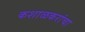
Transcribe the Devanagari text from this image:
कशाळकरांचा